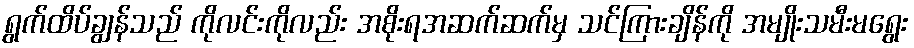
ရွက်ထိပ်ချွန်သည် ကိုလင်းကိုလည်း အစိုးရအဆက်ဆက်မှ သင်ကြားချိန်ကို အမျိုးသမီးမရွေး